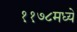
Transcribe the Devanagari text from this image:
११७८मध्ये